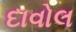
દાવોલ